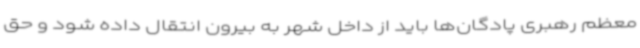
معظم رهبری پادگان‌ها باید از داخل شهر به بیرون انتقال داده شود و حق